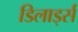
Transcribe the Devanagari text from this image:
डिलार्ड्स